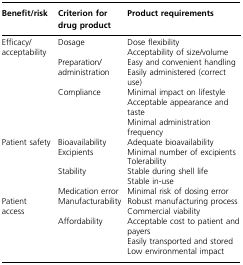
<table><thead><tr><td><b>Benefit/risk</b></td><td><b>Criterion for drug product</b></td><td><b>Product requirements</b></td></tr></thead><tbody><tr><td rowspan="3">Efficacy/acceptability</td><td>Dosage</td><td>Dose flexibility Acceptability of size/volume</td></tr><tr><td>Preparation/administration</td><td>Easy and convenient handling Easily administered (correct use)</td></tr><tr><td>Compliance</td><td>Minimal impact on lifestyle Acceptable appearance and taste Minimal administration frequency</td></tr><tr><td rowspan="4">Patient safety</td><td>Bioavailability</td><td>Adequate bioavailability</td></tr><tr><td>Excipients</td><td>Minimal number of excipients Tolerability </td></tr><tr><td>Stability</td><td>Stable during shell life Stable in-use</td></tr><tr><td>Medication error</td><td>Minimal risk of dosing error</td></tr><tr><td rowspan="2">Patient access</td><td>Manufacturability</td><td>Robust manufacturing process Commercial viability</td></tr><tr><td>Affordability</td><td>Acceptable cost to patient and payers Easily transported and stored Low environmental impact</td></tr></tbody></table>